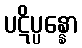
ပဋိပ္ပန္နော